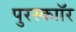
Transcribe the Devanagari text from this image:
पुरस्काॉर